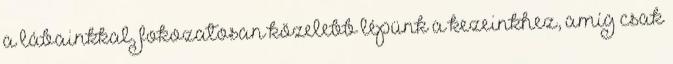
a lábainkkal, fokozatosan közelebb lépünk a kezeinkhez, amíg csak